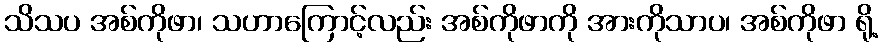
သိသပ အစ်ကိုဖာ၊ သဟာကြောင့်လည်း အစ်ကိုဖာကို အားကိုသာပ၊ အစ်ကိုဖာ ရို့